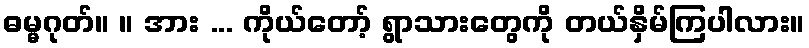
ဓမ္မဂုတ်။ ။ အား ... ကိုယ်တော့် ရွာသားတွေကို တယ်နှိမ်ကြပါလား။